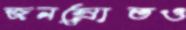
জনস্রোতও